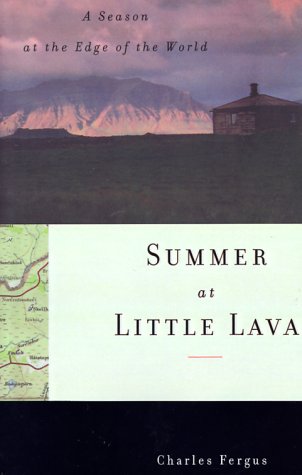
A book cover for Summer at Little Lava: A Season at the Edge of the World; Charles Fergus; Travel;